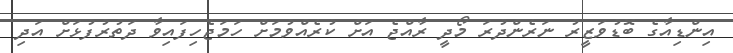
އިންޑިއާގެ ބޮޑުވަޒީރު ނަރެންދުރަ މޯދީ ރާއްޖެ އަށް ކުރެއްވުމަށް ހަމަޖެހިފައިވާ ދަތުރުފުޅަށް އަދި